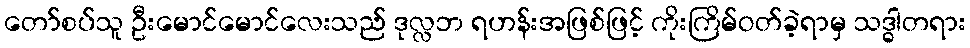
တော်စပ်သူ ဦးမောင်မောင်လေးသည် ဒုလ္လဘ ရဟန်းအဖြစ်ဖြင့် ကိုးကြိမ်ဝတ်ခဲ့ရာမှ သဒ္ဓါတရား